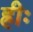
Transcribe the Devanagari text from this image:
ह्रीः